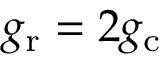
g _ { \mathrm { r } } = 2 g _ { \mathrm { c } }